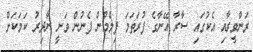
ރަންވީރާއި އެކުގައި ސާރާ އޭނާގެ ފުރަތަމަ ފިލްމުން ފެނުން ވަނީ ނާދިރު ކަމަކަށް